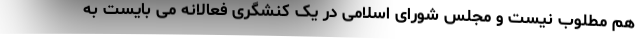
هم مطلوب نیست و مجلس شورای اسلامی در یک کنشگری فعالانه می بایست به